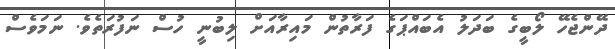
ދޭންޖެހޭ ލޯބީގެ ބަދަލު އެބައްޕަގެ ފަރާތުން މައިރާއަށް ލިބުނީ ހުސް ނަފުރަތެވެ. ނަމަވެސް